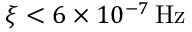
\xi < 6 \times 1 0 ^ { - 7 } \mathrm { \, H z }